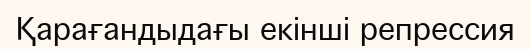
Қарағандыдағы екінші репрессия